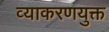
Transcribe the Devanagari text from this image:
व्याकरणयुक्त